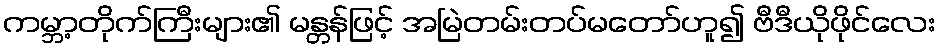
ကမ္ဘာ့တိုက်ကြီးများ၏ မန္တန်ဖြင့် အမြဲတမ်းတပ်မတော်ဟူ၍ ဗီဒီယိုဖိုင်လေး